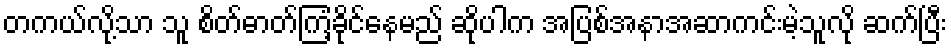
တကယ်လို့သာ သူ စိတ်ဓာတ်ကြံ့ခိုင်နေမည် ဆိုပါက အပြစ်အနာအဆာကင်းမဲ့သူလို ဆက်ပြီး